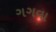
ગગવા